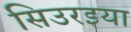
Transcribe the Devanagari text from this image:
सिउरइया